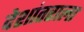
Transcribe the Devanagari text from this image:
देशांतराला